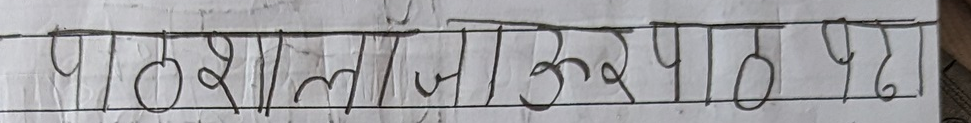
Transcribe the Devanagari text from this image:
पाठशाला जा ऊर पाठ पढ